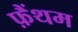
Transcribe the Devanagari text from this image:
फ़ैंथम